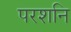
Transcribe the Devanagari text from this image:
परशनि